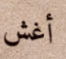
أغش